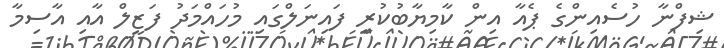
ޝިފްނާ ހުސެއިންގެ ޕެއާ އިން ކާމިޔާބުކުރީ ފައިނަލްގައި މުހައްމަދު ފަޒީލް އާއި އާސިމާ